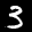
Label: 3